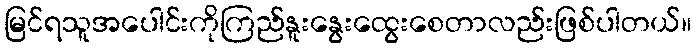
မြင်ရသူအပေါင်းကိုကြည်နူးနွေးထွေးစေတာလည်းဖြစ်ပါတယ်။